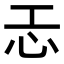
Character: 𢖶